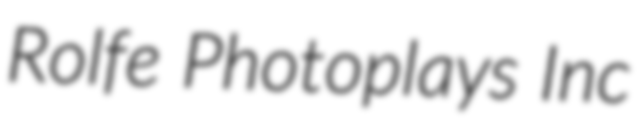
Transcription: Rolfe Photoplays Inc